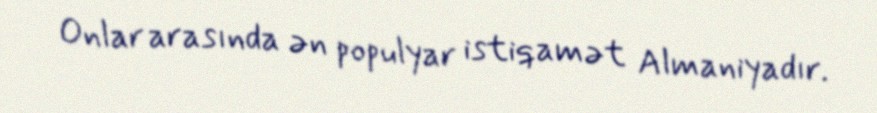
Onlar arasında ən populyar istiqamət Almaniyadır.